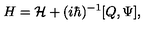
H = { \cal H } + ( i \hbar ) ^ { - 1 } [ Q , \Psi ] ,